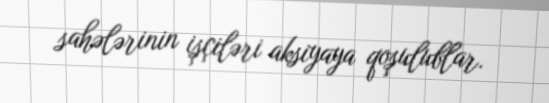
sahələrinin işçiləri aksiyaya qoşulublar.